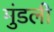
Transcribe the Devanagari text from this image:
मुंडली